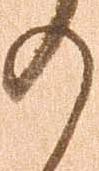
の